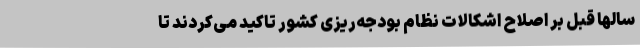
سالها قبل بر اصلاح اشکالات نظام بودجه‌ریزی کشور تاکید می‌کردند تا